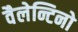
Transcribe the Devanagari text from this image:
वैलेन्टिनो